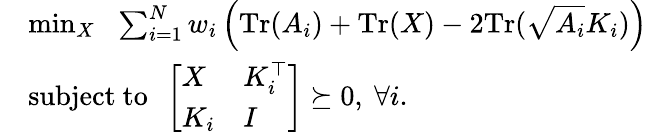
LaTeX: \begin{array}{rl}&{\operatorname*{min}_{X}~~\sum_{i=1}^{N}w_{i}\left(\mathrm{Tr}(A_{i})+\mathrm{Tr}(X)-2\mathrm{Tr}(\sqrt{A_{i}}K_{i})\right)}\\ &{\mathrm{subject~to~~}\left[\begin{array}{ll}{X}&{K_{i}^{\top}}\\ {K_{i}}&{I}\end{array}\right]\succeq 0,~\forall i.}\end{array}